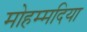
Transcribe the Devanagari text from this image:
मोहम्मदिया